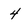
Character: 4